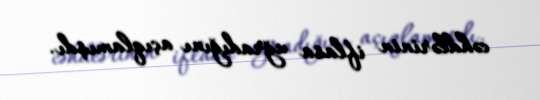
cəhdlərinin iflasa uğradığını açıqlamışdı.